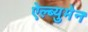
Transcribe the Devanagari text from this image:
ऐल्ब्युमेन